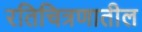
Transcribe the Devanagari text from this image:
रतिचित्रणातील